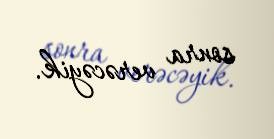
sonra verəcəyik.